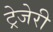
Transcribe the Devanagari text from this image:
ट्रेजेरी